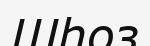
Шһоз